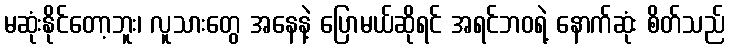
မဆုံးနိုင်တော့ဘူး၊ လူသားတွေ အနေနဲ့ ပြောမယ်ဆိုရင် အရင်ဘဝရဲ့ နောက်ဆုံး စိတ်သည်